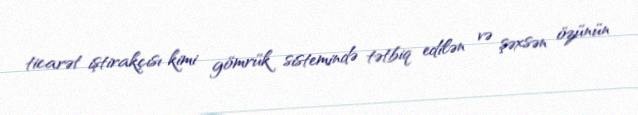
ticarət iştirakçısı kimi gömrük sistemində tətbiq edilən və şəxsən özünün